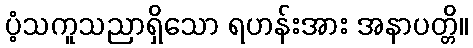
ပံ့သကူသညာရှိသော ရဟန်းအား အနာပတ္တိ။